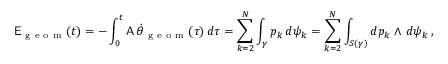
\mathsf { E } _ { \mathrm { ~ g ~ e ~ o ~ m ~ } } ( t ) = - \int _ { 0 } ^ { t } \mathsf { A } \, \dot { \theta } _ { \mathrm { ~ g ~ e ~ o ~ m ~ } } ( \tau ) \, d \tau = \sum _ { k = 2 } ^ { N } \int _ { \gamma } p _ { k } \, d \psi _ { k } = \sum _ { k = 2 } ^ { N } \int _ { S ( \gamma ) } d p _ { k } \wedge \, d \psi _ { k } \, ,